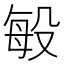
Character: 𭮬